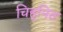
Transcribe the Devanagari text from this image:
चिह्‌नित